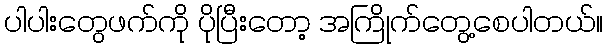
ပါပါးတွေဖက်ကို ပိုပြီးတော့ အကြိုက်တွေ့စေပါတယ်။